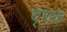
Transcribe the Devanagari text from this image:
द्शक